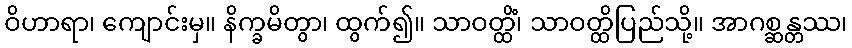
ဝိဟာရာ၊ ကျောင်းမှ။ နိက္ခမိတွာ၊ ထွက်၍။ သာဝတ္ထိံ၊ သာဝတ္ထိပြည်သို့။ အာဂစ္ဆန္တဿ၊